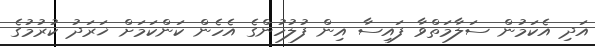
އަދި އެކަމުން ސަލާމަތްވާ ފައިސާ އިން ފުލުހުންގެ އެހެން ކަންކަމަށް ޚަރަދު ކުރުމުގެ